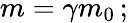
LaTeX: m=\gamma m_{0}\, ;